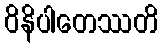
ဝိနိပါတေဿတိ